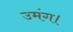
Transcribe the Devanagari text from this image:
उमंग।